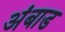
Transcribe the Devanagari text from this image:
अंबाड